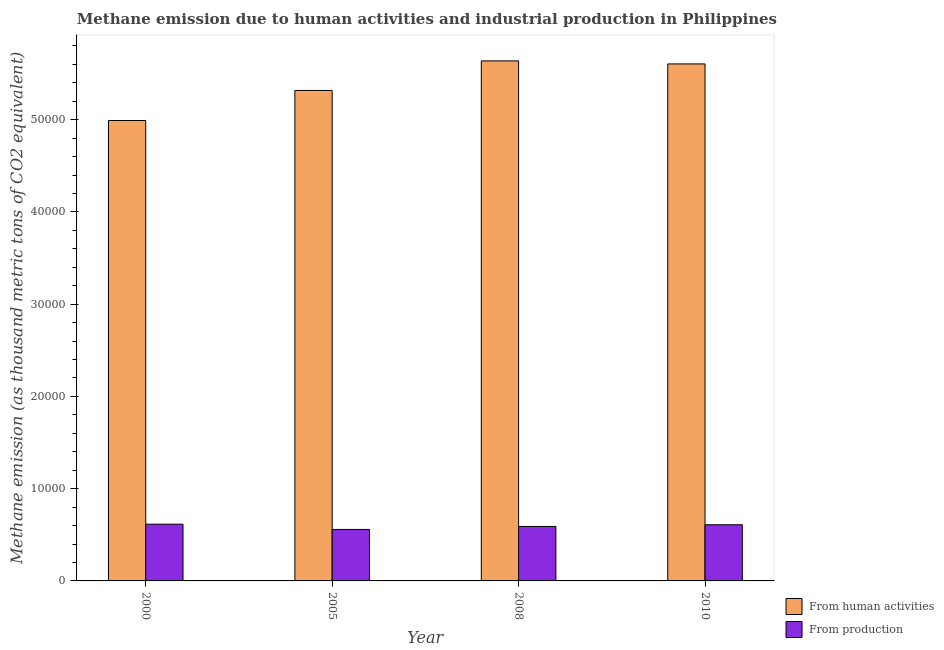
| Year | From human activities | From production |
 | --- | --- | --- |
 | 2000 | 4.99e+04 | 6.15e+03 |
 | 2005 | 5.32e+04 | 5.58e+03 |
 | 2008 | 5.64e+04 | 5.91e+03 |
 | 2010 | 5.6e+04 | 6.09e+03 |